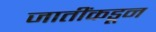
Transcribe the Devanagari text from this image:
जातींकडून